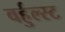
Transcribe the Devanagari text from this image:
वर्हुल्स्ट